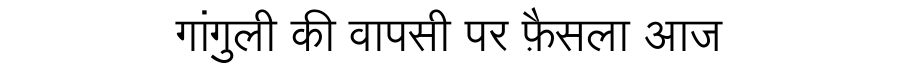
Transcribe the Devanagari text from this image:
गांगुली की वापसी पर फ़ैसला आज